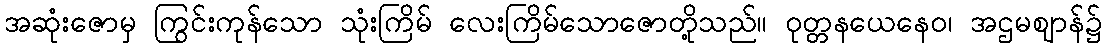
အဆုံးဇောမှ ကြွင်းကုန်သော သုံးကြိမ် လေးကြိမ်သောဇောတို့သည်။ ဝုတ္တနယေနေဝ၊ အဌမဈာန်၌